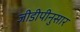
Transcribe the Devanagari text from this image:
जीडीपीनुसार